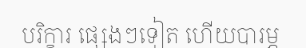
បរិក្ខារ ផ្សេងៗទៀត ហើយបារម្ភ